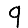
Digit: 9